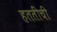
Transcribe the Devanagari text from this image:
हततींची